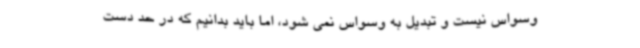
وسواس نیست و تبدیل به وسواس نمی شود، اما باید بدانیم که در حد دست